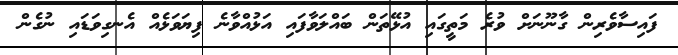
ފައިސާވެރިން ގާނޫނަށް ވުރެ މަތީގައި އުޅޭތަން ބައްލަވާފައި އަޅުއްވާނެ ފިޔަވަޅެއް އެނގިވަޑައި ނުގެން